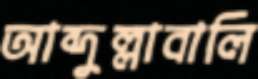
আব্দুল্লাবালি